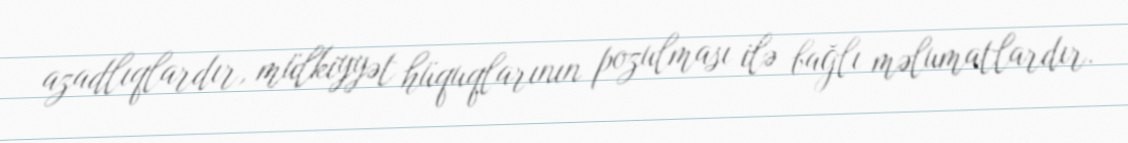
azadlıqlardır, mülkiyyət hüquqlarının pozulması ilə bağlı məlumatlardır.